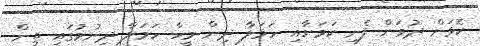
ކޮޅަށް ދުވަން ފެށި ކަމަށާއި ހަމަލާ ދިން މީހާ ހަމަލާ ދިނުމުގައި ތިން